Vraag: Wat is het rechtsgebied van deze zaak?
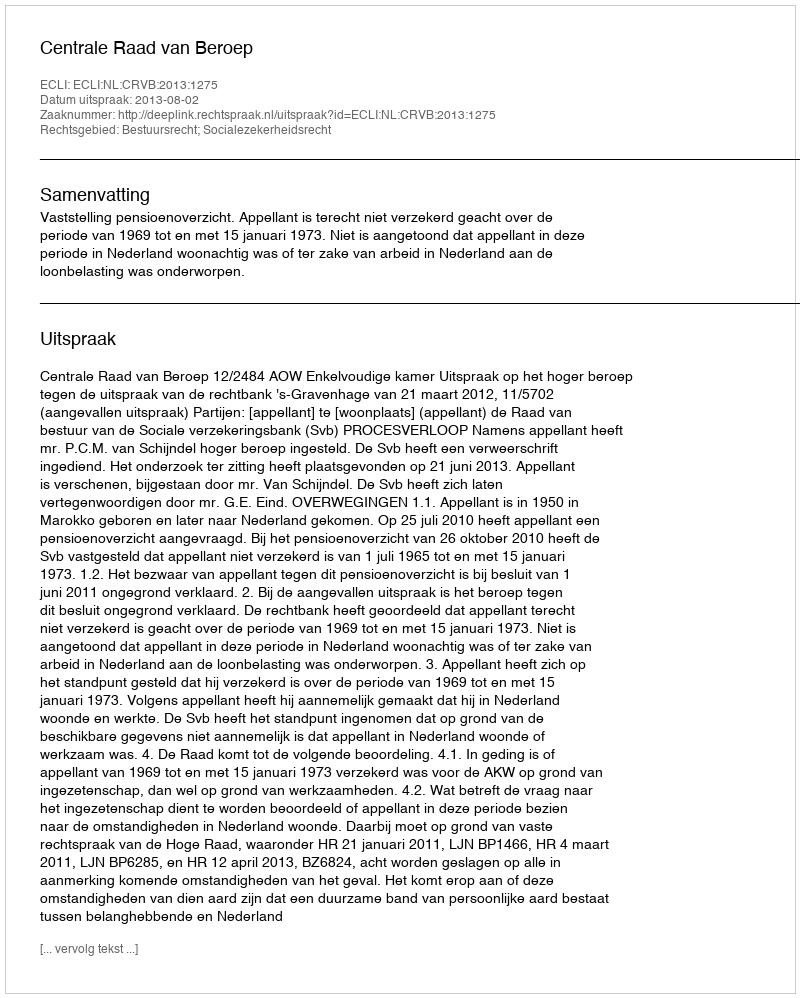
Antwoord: Bestuursrecht; Socialezekerheidsrecht